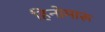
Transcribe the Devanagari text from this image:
हिनोमारू